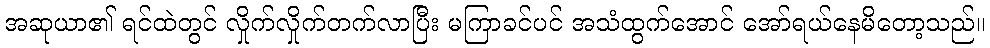
အဆုယာ၏ ရင်ထဲတွင် လှိုက်လှိုက်တက်လာပြီး မကြာခင်ပင် အသံထွက်အောင် အော်ရယ်နေမိတော့သည်။